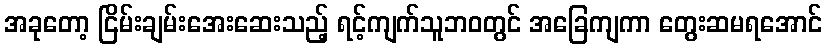
အခုတော့ ငြိမ်းချမ်းအေးဆေးသည့် ရင့်ကျက်သူဘဝတွင် အခြေကျကာ တွေးဆမရအောင်